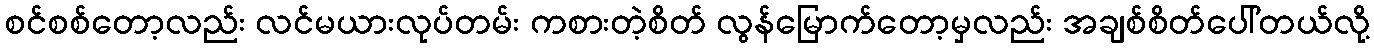
စင်စစ်တော့လည်း လင်မယားလုပ်တမ်း ကစားတဲ့စိတ် လွန်မြောက်တော့မှလည်း အချစ်စိတ်ပေါ်တယ်လို့